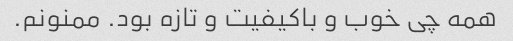
همه چی خوب و باکیفیت و تازه بود. ممنونم.